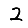
Digit: 2